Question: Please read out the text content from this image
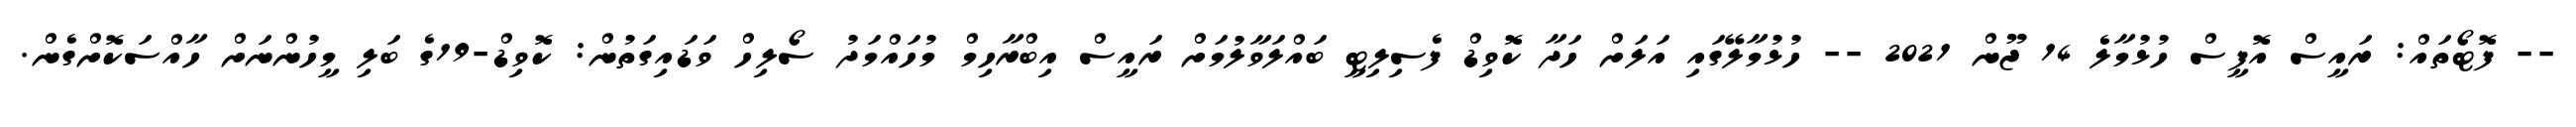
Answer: -- ފޮޓޯތައް: ރައީސް އޮފީސް ހުޅުމާލެ 14 ޖޫން 2021 -- ހުޅުމާލޭގައި އަލަށް ހަދާ ކޮވިޑް ފެސިލިޓީ ބައްލަވާލުމަށް ރައީސް އިބްރާހިމް މުހައްމަދު ސޯލިހް ވަޑައިގަތުން: ކޮވިޑް-19ގެ ބަލި މީހުންނަށް ހާއްސަކޮށްގެން.